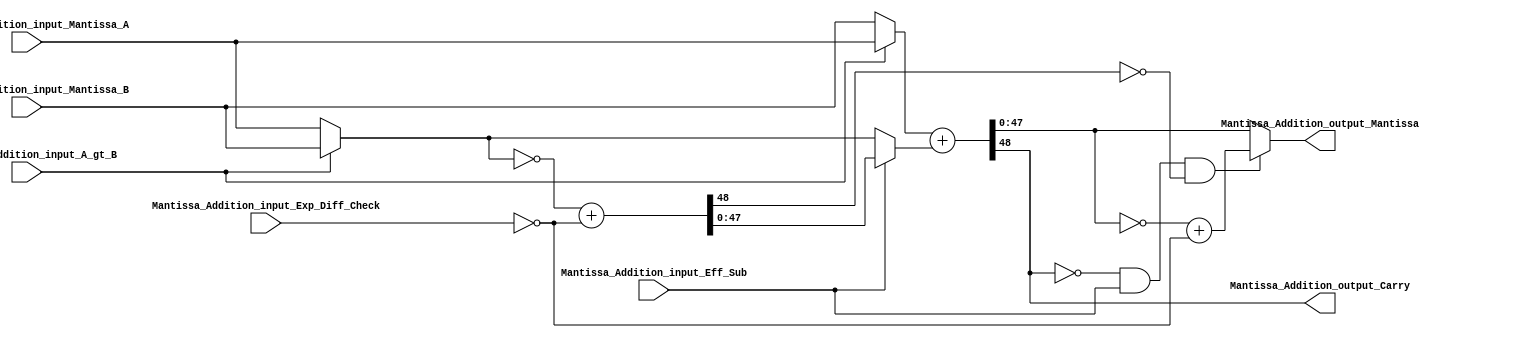
// Copyright 2023 MERL-DSU

// Licensed under the Apache License, Version 2.0 (the "License"); you may not use 
// this file except in compliance with the License. You may obtain a copy of the License at

//   http://www.apache.org/licenses/LICENSE-2.0

// Unless required by applicable law or agreed to in writing, software distributed under the 
// License is distributed on an "AS IS" BASIS, WITHOUT WARRANTIES OR CONDITIONS OF ANY KIND, 
// either express or implied. See the License for the specific language governing permissions 


module  FMADD_Mantissa_Addition( Mantissa_Addition_input_Mantissa_A,Mantissa_Addition_input_Mantissa_B,Mantissa_Addition_input_Eff_Sub,Mantissa_Addition_output_Mantissa, Mantissa_Addition_output_Carry,Mantissa_Addition_input_Exp_Diff_Check,Mantissa_Addition_input_A_gt_B );

//declaration of paramters
parameter std =31;
parameter man = 22;
parameter exp = 7;

/*
opcode[0]= fadd;    
opcode[1] = Fsuub
*/

//declaration of input ports
input [man+man+3:0] Mantissa_Addition_input_Mantissa_A,Mantissa_Addition_input_Mantissa_B;
input Mantissa_Addition_input_Eff_Sub;
input Mantissa_Addition_input_Exp_Diff_Check, Mantissa_Addition_input_A_gt_B;

//declartion of output ports
output Mantissa_Addition_output_Carry;
output [man+man+3:0] Mantissa_Addition_output_Mantissa;

wire [man+man+3:0] interim_mantissa_B_adder;
wire Mantissa_Addition_interim_Carry,Mantissa_Addition_interim_Compliment_Carry;
wire [man+man+3:0] Mantissa_Addition_Compliment_B,Mantissa_Addition_Compliment_1_Factor;
wire [man+man+3:0] Mantissa_Addition_Compliment_Lane_input,Mantissa_Addition_Adder_Lane_input_A,Mantissa_Addition_Adder_Lane_input_B;
wire Mantissa_Addition_Compliment_Addend;

//Main functionality

//decision of two operands for the final adders
assign Mantissa_Addition_Compliment_Lane_input = (Mantissa_Addition_input_A_gt_B) ? Mantissa_Addition_input_Mantissa_B : Mantissa_Addition_input_Mantissa_A;
assign Mantissa_Addition_Adder_Lane_input_A = (Mantissa_Addition_input_A_gt_B) ? Mantissa_Addition_input_Mantissa_A : Mantissa_Addition_input_Mantissa_B;

//compliment of the Smaller operand of the two
assign Mantissa_Addition_Compliment_Addend = (~Mantissa_Addition_input_Exp_Diff_Check) ;
assign Mantissa_Addition_Compliment_1_Factor = (~Mantissa_Addition_Compliment_Lane_input);
assign {Mantissa_Addition_interim_Compliment_Carry,Mantissa_Addition_Compliment_B} = ( {1'b0,Mantissa_Addition_Compliment_1_Factor} + {{48{1'b0}},Mantissa_Addition_Compliment_Addend}  );

//Opernad two of the Adder lane
assign Mantissa_Addition_Adder_Lane_input_B = (Mantissa_Addition_input_Eff_Sub) ? Mantissa_Addition_Compliment_B : Mantissa_Addition_Compliment_Lane_input ;

assign {Mantissa_Addition_interim_Carry,interim_mantissa_B_adder} = {1'b0, Mantissa_Addition_Adder_Lane_input_A} + {1'b0,Mantissa_Addition_Adder_Lane_input_B};

//------OUTPUTS--------
assign Mantissa_Addition_output_Mantissa = ( (~Mantissa_Addition_interim_Carry) & Mantissa_Addition_input_Eff_Sub & (~Mantissa_Addition_interim_Compliment_Carry) ) ? ( ~(interim_mantissa_B_adder) + ({{47{1'b0}},Mantissa_Addition_Compliment_Addend}) ) : interim_mantissa_B_adder;
assign Mantissa_Addition_output_Carry = Mantissa_Addition_interim_Carry;



endmodule